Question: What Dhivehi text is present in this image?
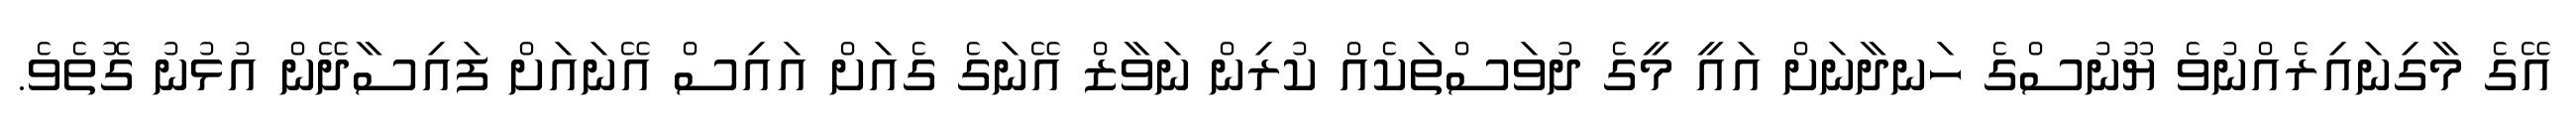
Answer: އޭގެ މާގިނައިރެއްނުވެ ޔޫނުސްގެ ހަނދާނަށް އައީ މީގެ ދުވަސްތަކެއް ކުރިން ނަވާޒް އޭނަގެ ގެއަށް އައިސް އޭނައަށް ފައިސާދޭން އުޅުނު ގޮތެވެ.